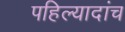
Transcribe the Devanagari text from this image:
पहिल्यादांच